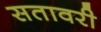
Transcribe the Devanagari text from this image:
सतावरी